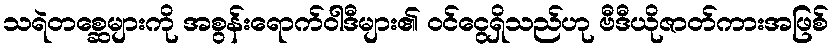
သရဲတစ္ဆေများကို အစွန်းရောက်ဝါဒီများ၏ ဝင်ငွေရှိသည်ဟု ဗီဒီယိုဇာတ်ကားအဖြစ်